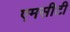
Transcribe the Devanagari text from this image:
एमसीटी